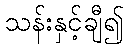
သန်းနှင့်ချီ၍